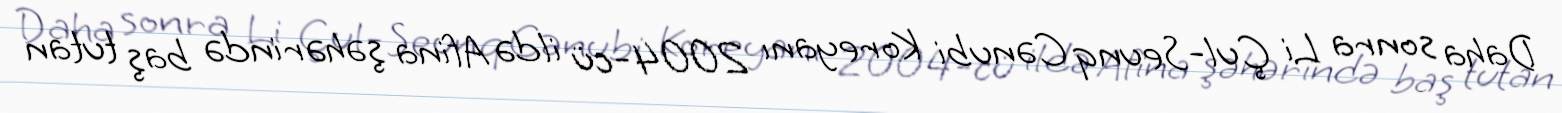
Daha sonra Li Çul-Seunq Cənubi Koreyanı 2004-cü ildə Afina şəhərində baş tutan